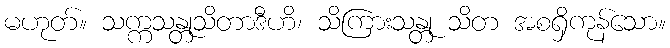
မဟုတ်။ သက္ကသန္တုသိတာဒီဟိ၊ သိကြားသန္တု သိတ အစရှိကုန်သော။